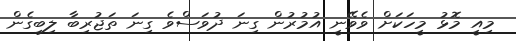
މިއީ މޮޅު މީހަކަށް ވެވޭނީ އުމުރުން ގިނަ ދުވަސްވެ ގިނަ ތަޖުރިބާ ލިބިގެން